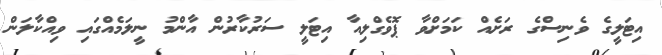
އިޓަލީގެ ވެނިސްގެ ރަށެއް ކަމަށްވާ ޕޮވެގްލިއާ އިޓަލީ ސަރުކާރުން އާންމު ނީލަމެއްގައި ވިއްކާލަން